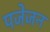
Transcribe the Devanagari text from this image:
पजेजन